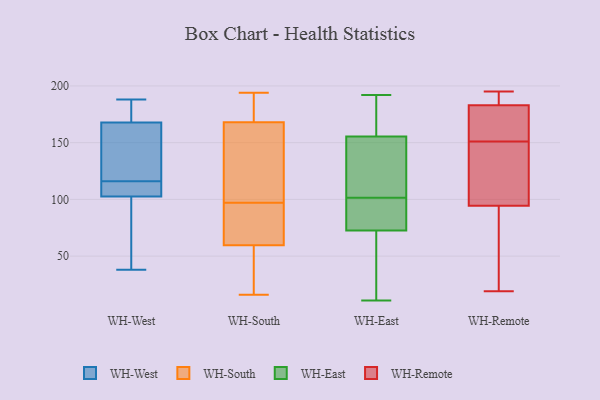
{"axis": {"x": "Shipments", "y": "Value"}, "legend": ["WH-East", "WH-Remote", "WH-South", "WH-West"], "data": [{"x": "", "y": 158, "type": "WH-West"}, {"x": "", "y": 107, "type": "WH-West"}, {"x": "", "y": 171, "type": "WH-West"}, {"x": "", "y": 180, "type": "WH-West"}, {"x": "", "y": 38, "type": "WH-West"}, {"x": "", "y": 113, "type": "WH-West"}, {"x": "", "y": 126, "type": "WH-West"}, {"x": "", "y": 55, "type": "WH-West"}, {"x": "", "y": 116, "type": "WH-West"}, {"x": "", "y": 188, "type": "WH-West"}, {"x": "", "y": 101, "type": "WH-West"}, {"x": "", "y": 85, "type": "WH-South"}, {"x": "", "y": 146, "type": "WH-South"}, {"x": "", "y": 167, "type": "WH-South"}, {"x": "", "y": 83, "type": "WH-South"}, {"x": "", "y": 139, "type": "WH-South"}, {"x": "", "y": 96, "type": "WH-South"}, {"x": "", "y": 33, "type": "WH-South"}, {"x": "", "y": 169, "type": "WH-South"}, {"x": "", "y": 36, "type": "WH-South"}, {"x": "", "y": 183, "type": "WH-South"}, {"x": "", "y": 191, "type": "WH-South"}, {"x": "", "y": 53, "type": "WH-South"}, {"x": "", "y": 66, "type": "WH-South"}, {"x": "", "y": 30, "type": "WH-South"}, {"x": "", "y": 161, "type": "WH-South"}, {"x": "", "y": 98, "type": "WH-South"}, {"x": "", "y": 74, "type": "WH-South"}, {"x": "", "y": 16, "type": "WH-South"}, {"x": "", "y": 184, "type": "WH-South"}, {"x": "", "y": 194, "type": "WH-South"}, {"x": "", "y": 55, "type": "WH-East"}, {"x": "", "y": 105, "type": "WH-East"}, {"x": "", "y": 98, "type": "WH-East"}, {"x": "", "y": 59, "type": "WH-East"}, {"x": "", "y": 86, "type": "WH-East"}, {"x": "", "y": 92, "type": "WH-East"}, {"x": "", "y": 86, "type": "WH-East"}, {"x": "", "y": 145, "type": "WH-East"}, {"x": "", "y": 154, "type": "WH-East"}, {"x": "", "y": 146, "type": "WH-East"}, {"x": "", "y": 163, "type": "WH-East"}, {"x": "", "y": 157, "type": "WH-East"}, {"x": "", "y": 192, "type": "WH-East"}, {"x": "", "y": 11, "type": "WH-East"}, {"x": "", "y": 181, "type": "WH-East"}, {"x": "", "y": 35, "type": "WH-East"}, {"x": "", "y": 82, "type": "WH-Remote"}, {"x": "", "y": 195, "type": "WH-Remote"}, {"x": "", "y": 143, "type": "WH-Remote"}, {"x": "", "y": 19, "type": "WH-Remote"}, {"x": "", "y": 107, "type": "WH-Remote"}, {"x": "", "y": 185, "type": "WH-Remote"}, {"x": "", "y": 32, "type": "WH-Remote"}, {"x": "", "y": 181, "type": "WH-Remote"}, {"x": "", "y": 135, "type": "WH-Remote"}, {"x": "", "y": 159, "type": "WH-Remote"}, {"x": "", "y": 187, "type": "WH-Remote"}, {"x": "", "y": 170, "type": "WH-Remote"}]}